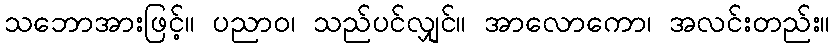
သဘောအားဖြင့်။ ပညာဝ၊ သည်ပင်လျှင်။ အာလောကော၊ အလင်းတည်း။